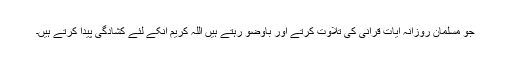
جو مسلمان روزانہ آیات قرآنی کی تلاوت کرتے اور باوضو رہتے ہیں اللہ کریم انکے لئے کشادگی پیدا کرتے ہیں۔